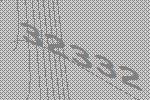
32332